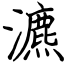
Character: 瀌